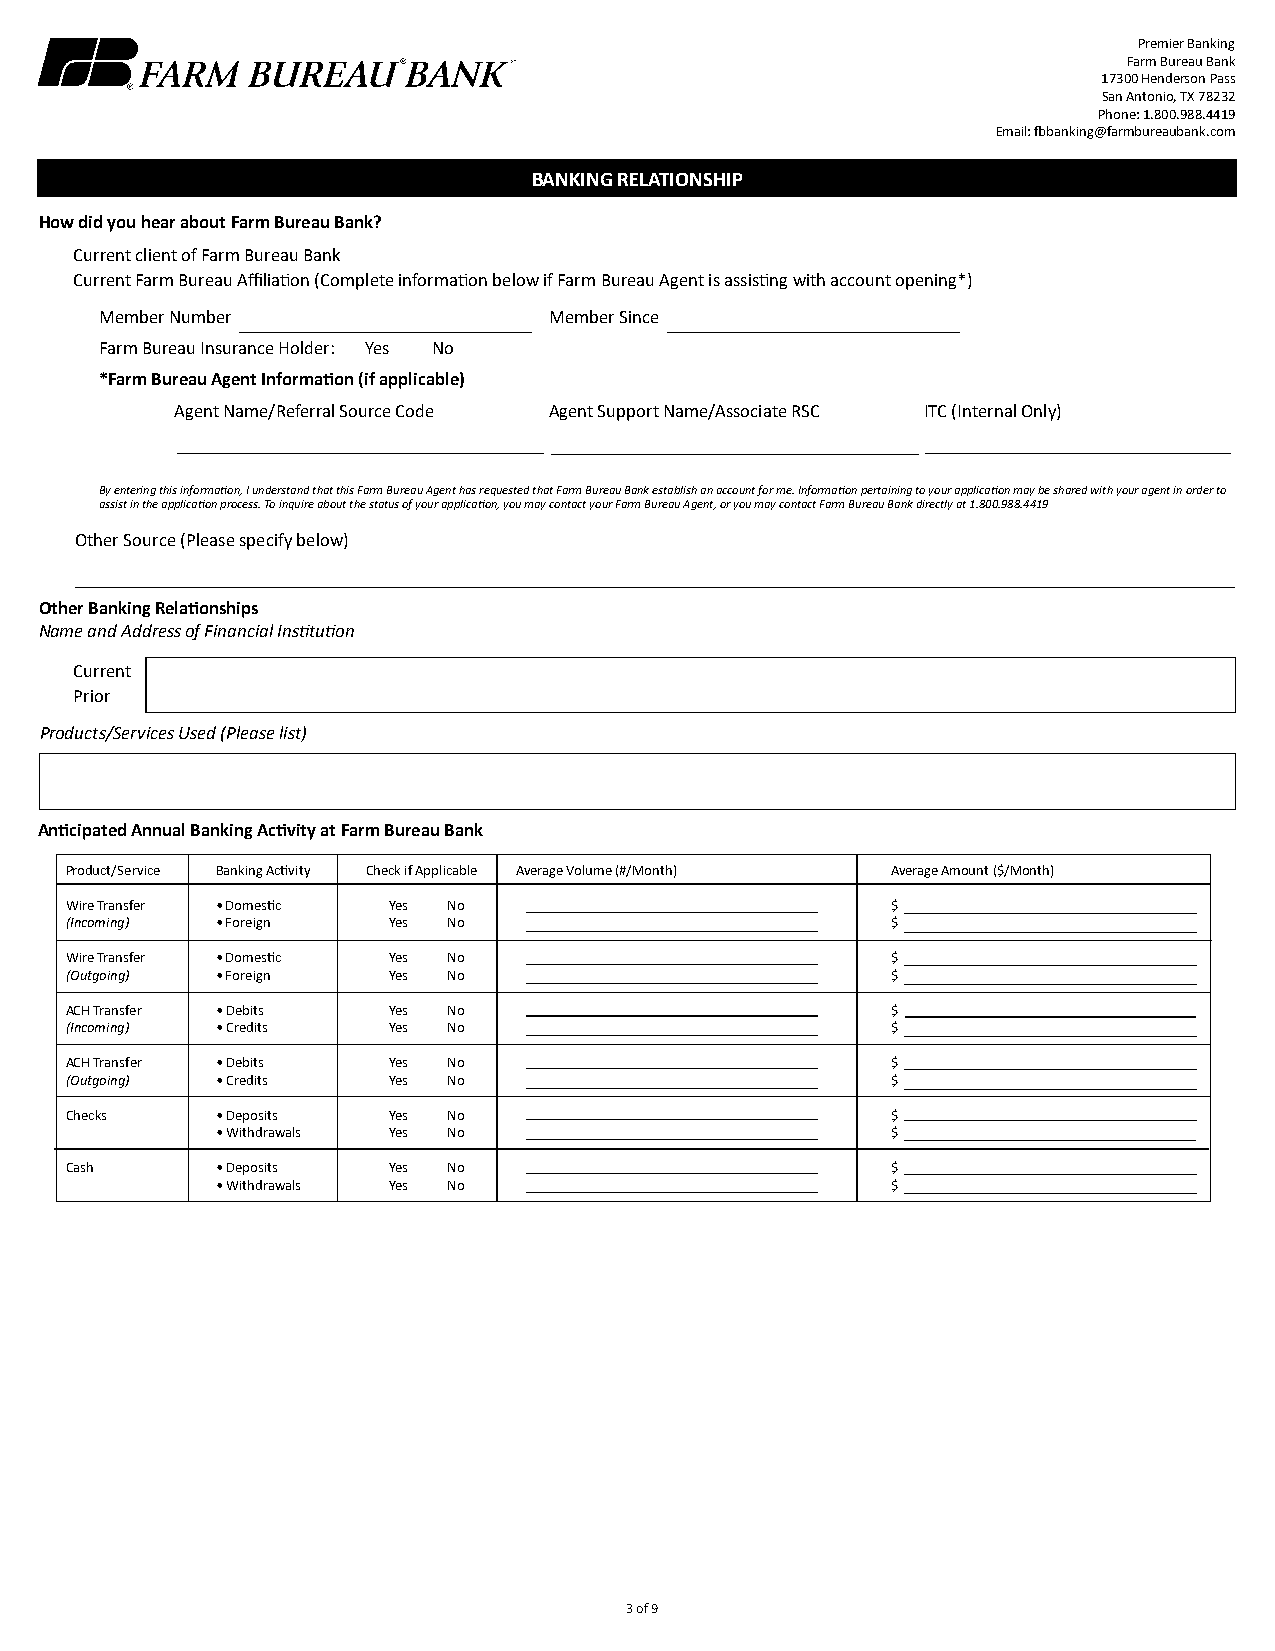
Premier Banking
 Farm Bureau Bank
 17300 Henderson Pass
 San Antonio, TX 78232
 Phone: 1.800.988.4419
 Email: fbbanking@farmbureaubank.com
 BANKING RELATIONSHIP
 How did you hear about Farm Bureau Bank?
 Current client of Farm Bureau Bank
 Current Farm Bureau Affiliation (Complete information below if Farm Bureau Agent is assisting with account opening*)
 Member Number                Member Since
 Farm Bureau Insurance Holder: Yes No
 *Farm Bureau Agent Information (if applicable)
 Agent Name/Referral Source Code Agent Support Name/Associate RSC ITC (Internal Only)
 By entering this information, I understand that this Farm Bureau Agent has requested that Farm Bureau Bank establish an account for me. Information pertaining to your application may be shared with your agent in order to
 assist in the application process. To inquire about the status of your application, you may contact your Farm Bureau Agent, or you may contact Farm Bureau Bank directly at 1.800.988.4419
 Other Source (Please specify below)
 Other Banking Relationships
 Name and Address of Financial Institution
 Current
 Prior
 Products/Services Used (Please list)
 Anticipated Annual Banking Activity at Farm Bureau Bank
 Product/Service Banking Activity Check if Applicable Average Volume (#/Month) Average Amount ($/Month)
 Wire Transfer • Domestic Yes No                        $
 (Incoming) • Foreign  Yes No                           $
 Wire Transfer • Domestic Yes No                        $
 (Outgoing) • Foreign  Yes No                           $
 ACH Transfer • Debits Yes No                           $
 (Incoming) • Credits  Yes No                           $
 ACH Transfer • Debits Yes No                           $
 (Outgoing) • Credits  Yes No                           $
 Checks    • Deposits  Yes No                           $
 • Withdrawals Yes No                         $
 Cash      • Deposits  Yes No                           $
 • Withdrawals Yes No                         $
 3 of 9